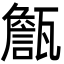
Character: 甔